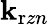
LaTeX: \mathbf{k}_{\mathrm{{r}}zn}